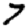
Digit: 7